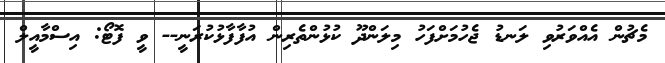
މެޗުން އެއްވަރުވި ލަނޑު ޖެހުމަށްފަހު މިލަންދޫ ކުޅުންތެރިން އުފާފާޅުކުރަނީ-- ވީ ފޮޓޯ: އިސްމާއީލް